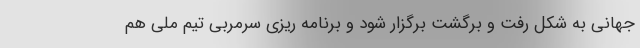
جهانی به شکل رفت و برگشت برگزار شود و برنامه ریزی سرمربی تیم ملی هم